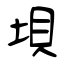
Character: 垻